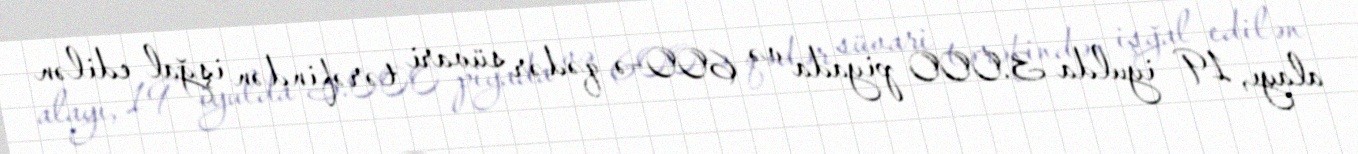
alayı, 19 iyulda 3.000 piyada və 600-ə qədər süvari tərəfindən işğal edilən